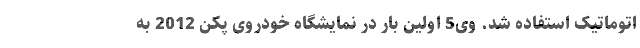
اتوماتیک استفاده شد. وی5 اولین بار در نمایشگاه خودروی پکن 2012 به